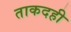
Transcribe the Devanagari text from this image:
ताकदही